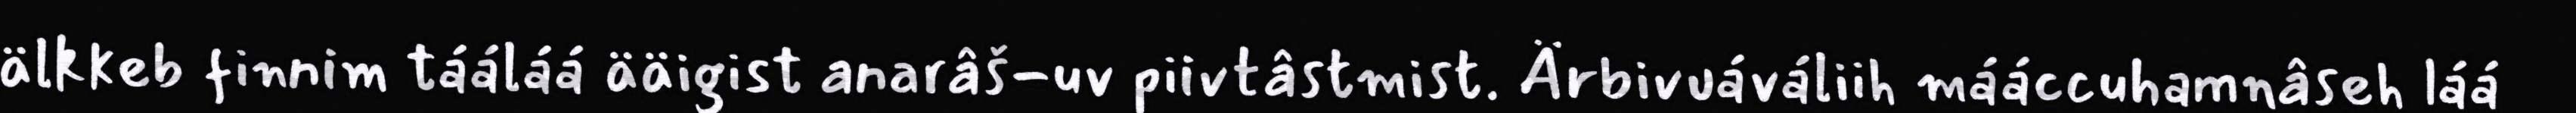
älkkeb finnim tááláá ääigist anarâš-uv piivtâstmist. Ärbivuáváliih mááccuhamnâseh láá